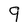
Character: 9